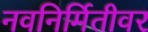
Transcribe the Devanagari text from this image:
नवनिर्मितीवर